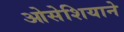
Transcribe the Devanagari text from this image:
ओसेशियाने